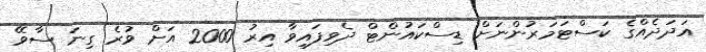
އަދަދެއްގެ ކަސްޓަމަރުންނަށް ޑިސްކައުންޓް ދެވިފައިވާ އިރު 2000 އަށް ވުރެ ގިނަ ސާވޭ